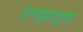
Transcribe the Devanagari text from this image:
एनझाइम